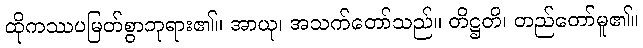
ထိုကဿပမြတ်စွာဘုရား၏။ အာယု၊ အသက်တော်သည်။ တိဋ္ဌတိ၊ တည်တော်မူ၏။